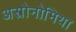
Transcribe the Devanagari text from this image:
अस्त्रोनोमिया